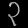
Digit: ၃